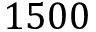
1 5 0 0